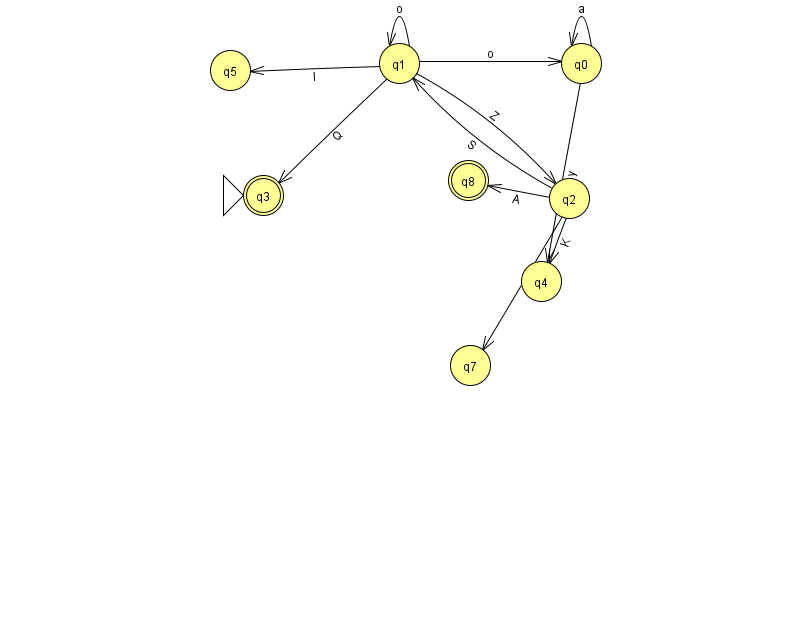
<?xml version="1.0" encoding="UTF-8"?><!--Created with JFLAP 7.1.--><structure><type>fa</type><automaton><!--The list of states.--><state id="0" name="q0"><x>581.0</x><y>50.0</y></state><state id="1" name="q1"><x>399.0</x><y>50.0</y></state><state id="2" name="q2"><x>569.0</x><y>185.0</y></state><state id="3" name="q3"><x>263.0</x><y>182.0</y><initial/><final/></state><state id="4" name="q4"><x>541.0</x><y>268.0</y></state><state id="5" name="q5"><x>230.0</x><y>57.0</y></state><state id="7" name="q7"><x>470.0</x><y>352.0</y></state><state id="8" name="q8"><x>468.0</x><y>167.0</y><final/></state><!--The list of transitions.--><transition><from>2</from><to>7</to><read>E</read></transition><transition><from>0</from><to>0</to><read>a</read></transition><transition><from>1</from><to>2</to><read>Z</read></transition><transition><from>0</from><to>4</to><read>y</read></transition><transition><from>2</from><to>8</to><read>A</read></transition><transition><from>1</from><to>0</to><read>o</read></transition><transition><from>2</from><to>1</to><read>S</read></transition><transition><from>2</from><to>4</to><read>K</read></transition><transition><from>1</from><to>5</to><read>I</read></transition><transition><from>1</from><to>1</to><read>o</read></transition><transition><from>1</from><to>3</to><read>Q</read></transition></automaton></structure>